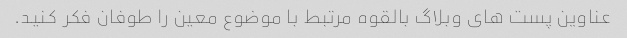
عناوین پست های وبلاگ بالقوه مرتبط با موضوع معین را طوفان فکر کنید.